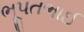
ભૂપતભાઈ